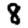
Digit: 8